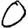
Digit: 0